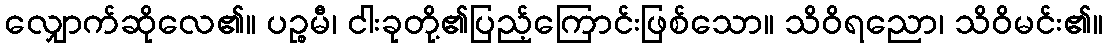
လျှောက်ဆိုလေ၏။ ပဉ္စမီ၊ ငါးခုတို့၏ပြည့်ကြောင်းဖြစ်သော။ သိဝိရညော၊ သိဝိမင်း၏။